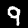
Label: 9